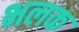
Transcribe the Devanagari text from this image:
भलक